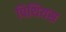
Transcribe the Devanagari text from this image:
पिथियस